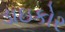
ડાઇકોર